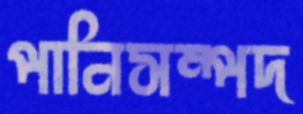
পানিসম্পদ